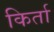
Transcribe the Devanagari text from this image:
किर्ता